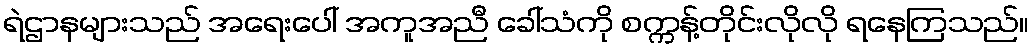
ရဲဌာနများသည် အရေးပေါ် အကူအညီ ခေါ်သံကို စက္ကန့်တိုင်းလိုလို ရနေကြသည်။